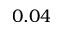
0 . 0 4